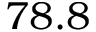
7 8 . 8